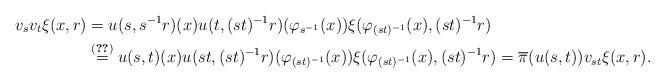
LaTeX: \begin{align*}v_s v_t\xi(x,r)&=u(s,s^{-1}r)(x)u(t,(st)^{-1}r)(\varphi_{s^{-1}}(x))\xi(\varphi_{(st)^{-1}}(x),(st)^{-1}r) \\&\stackrel{\eqref{eq:cocycle_identity}}{=}u(s,t)(x) u(st,(st)^{-1}r)(\varphi_{(st)^{-1}}(x))\xi(\varphi_{(st)^{-1}}(x),(st)^{-1}r) =\overline{\pi}(u(s,t))v_{st}\xi(x,r).\end{align*}